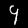
Digit: 9